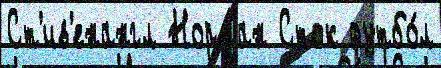
Ст'ив'енангл Норман Сток футбо́л